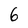
Character: 6